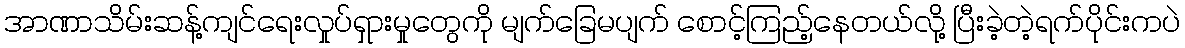
အာဏာသိမ်းဆန့်ကျင်ရေးလှုပ်ရှားမှုတွေကို မျက်ခြေမပျက် စောင့်ကြည့်နေတယ်လို့ ပြီးခဲ့တဲ့ရက်ပိုင်းကပဲ